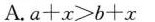
A.$$a + x > b + x$$